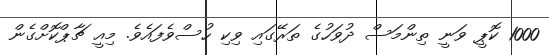
1000 ކޮޕީ ވަނީ ތިންމަސް ދުވަހުގެ ތަރޭގައި ވިކި ހުސްވެފައެވެ. މިއީ ޗާޕްކޮށްގެން